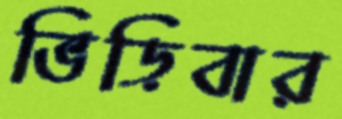
ভিড়িবার